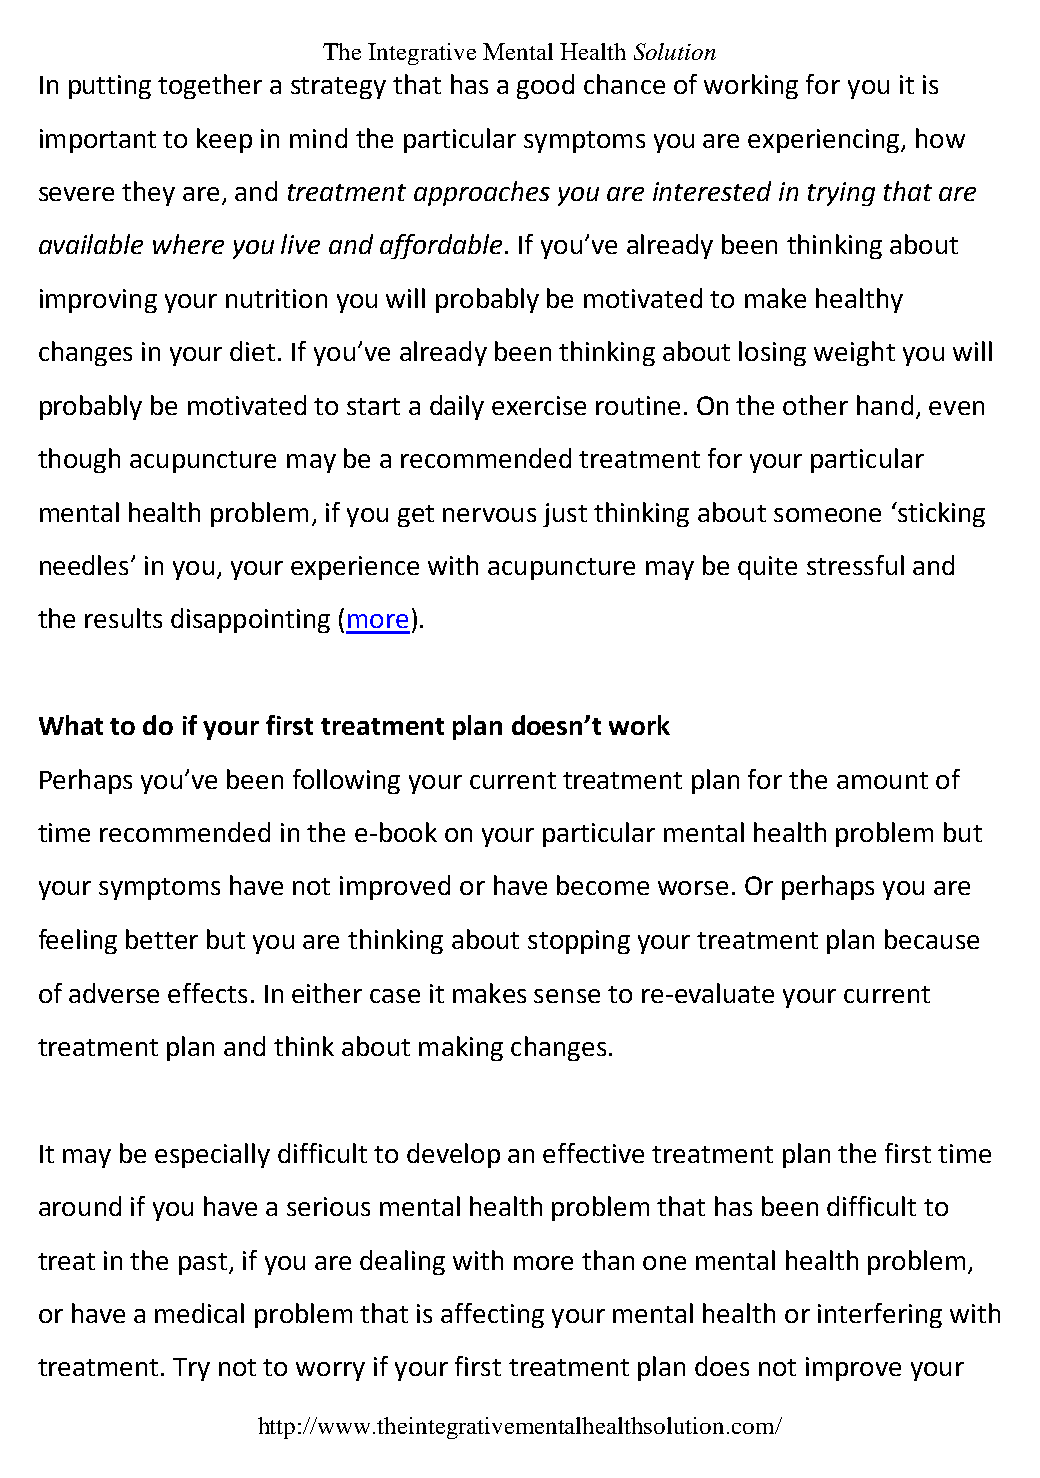
The Integrative Mental Health Solution
 In putting together a strategy that has a good chance of working for you it is
 important to keep in mind the particular symptoms you are experiencing, how
 severe they are, and treatment approaches you are interested in trying that are
 available where you live and affordable. If you’ve already been thinking about
 improving your nutrition you will probably be motivated to make healthy
 changes in your diet. If you’ve already been thinking about losing weight you will
 probably be motivated to start a daily exercise routine. On the other hand, even
 though acupuncture may be a recommended treatment for your particular
 mental health problem, if you get nervous just thinking about someone ‘sticking
 needles’ in you, your experience with acupuncture may be quite stressful and
 the results disappointing (more).
 What to do if your first treatment plan doesn’t work
 Perhaps you’ve been following your current treatment plan for the amount of
 time recommended in the e-book on your particular mental health problem but
 your symptoms have not improved or have become worse. Or perhaps you are
 feeling better but you are thinking about stopping your treatment plan because
 of adverse effects. In either case it makes sense to re-evaluate your current
 treatment plan and think about making changes.
 It may be especially difficult to develop an effective treatment plan the first time
 around if you have a serious mental health problem that has been difficult to
 treat in the past, if you are dealing with more than one mental health problem,
 or have a medical problem that is affecting your mental health or interfering with
 treatment. Try not to worry if your first treatment plan does not improve your
 http://www.theintegrativementalhealthsolution.com/